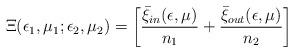
LaTeX: \begin{align*}\Xi(\epsilon_1,\mu_1;\epsilon_2,\mu_2) =\left[ {\bar\xi_{\small in}(\epsilon,\mu)\over n_1} + {\bar\xi_{\small out}(\epsilon,\mu)\over n_2}\right]\end{align*}